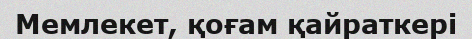
Мемлекет, қоғам қайраткері